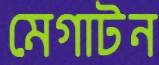
মেগাটন